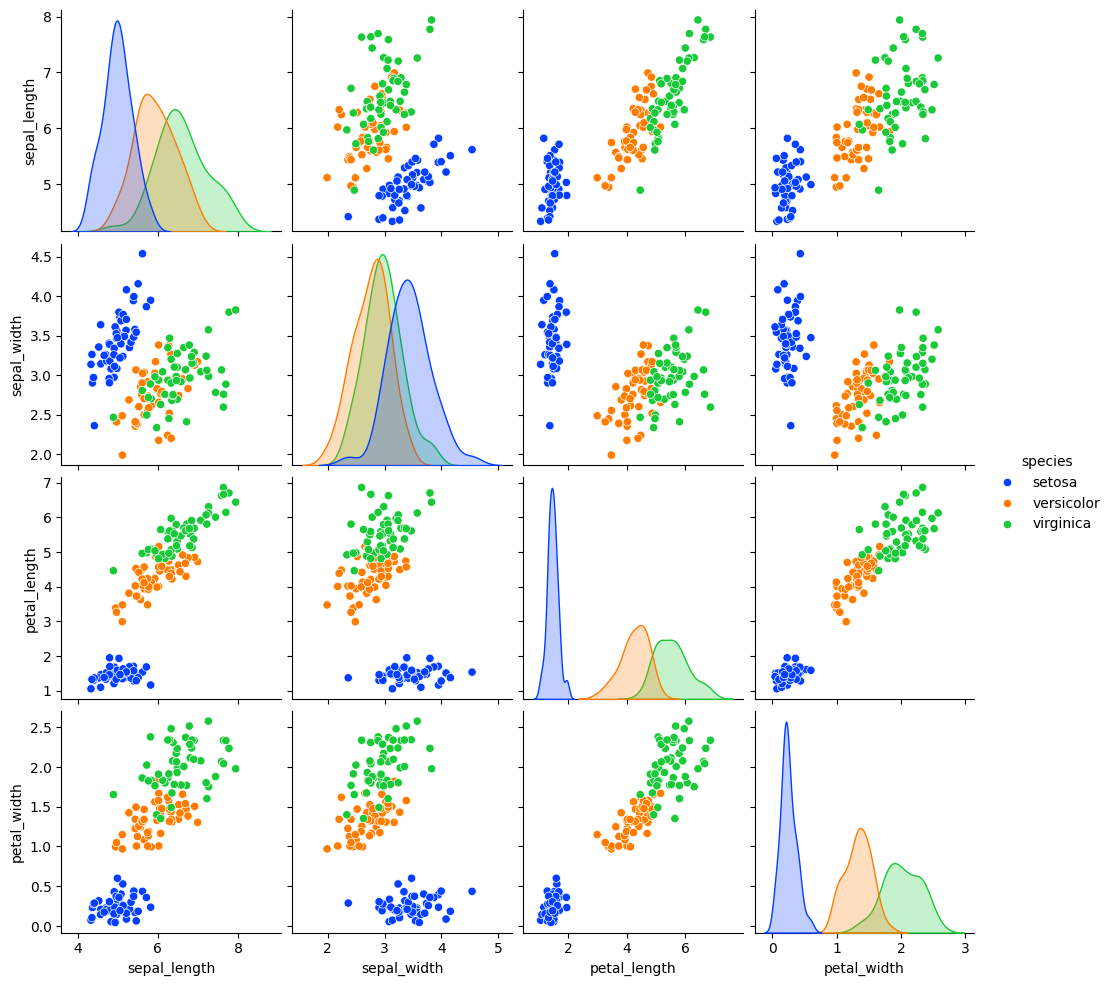
python, seaborn, pairplot, palette='bright', markers=['o'], kind='scatter', diag_kind='auto'